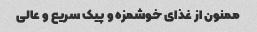
ممنون از غذای خوشمزه و پیک سریع و عالی